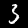
Digit: 3